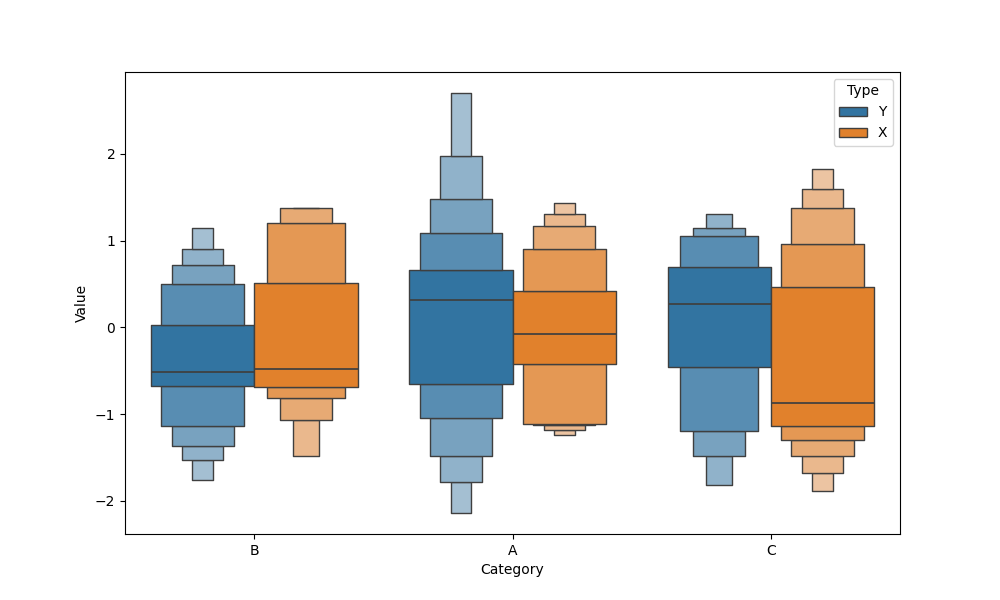
python, seaborn, boxenplot, k_depth='full', linewidth=1, scale='linear', outlier_prop=0.1, showfliers=False